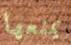
يمنعها